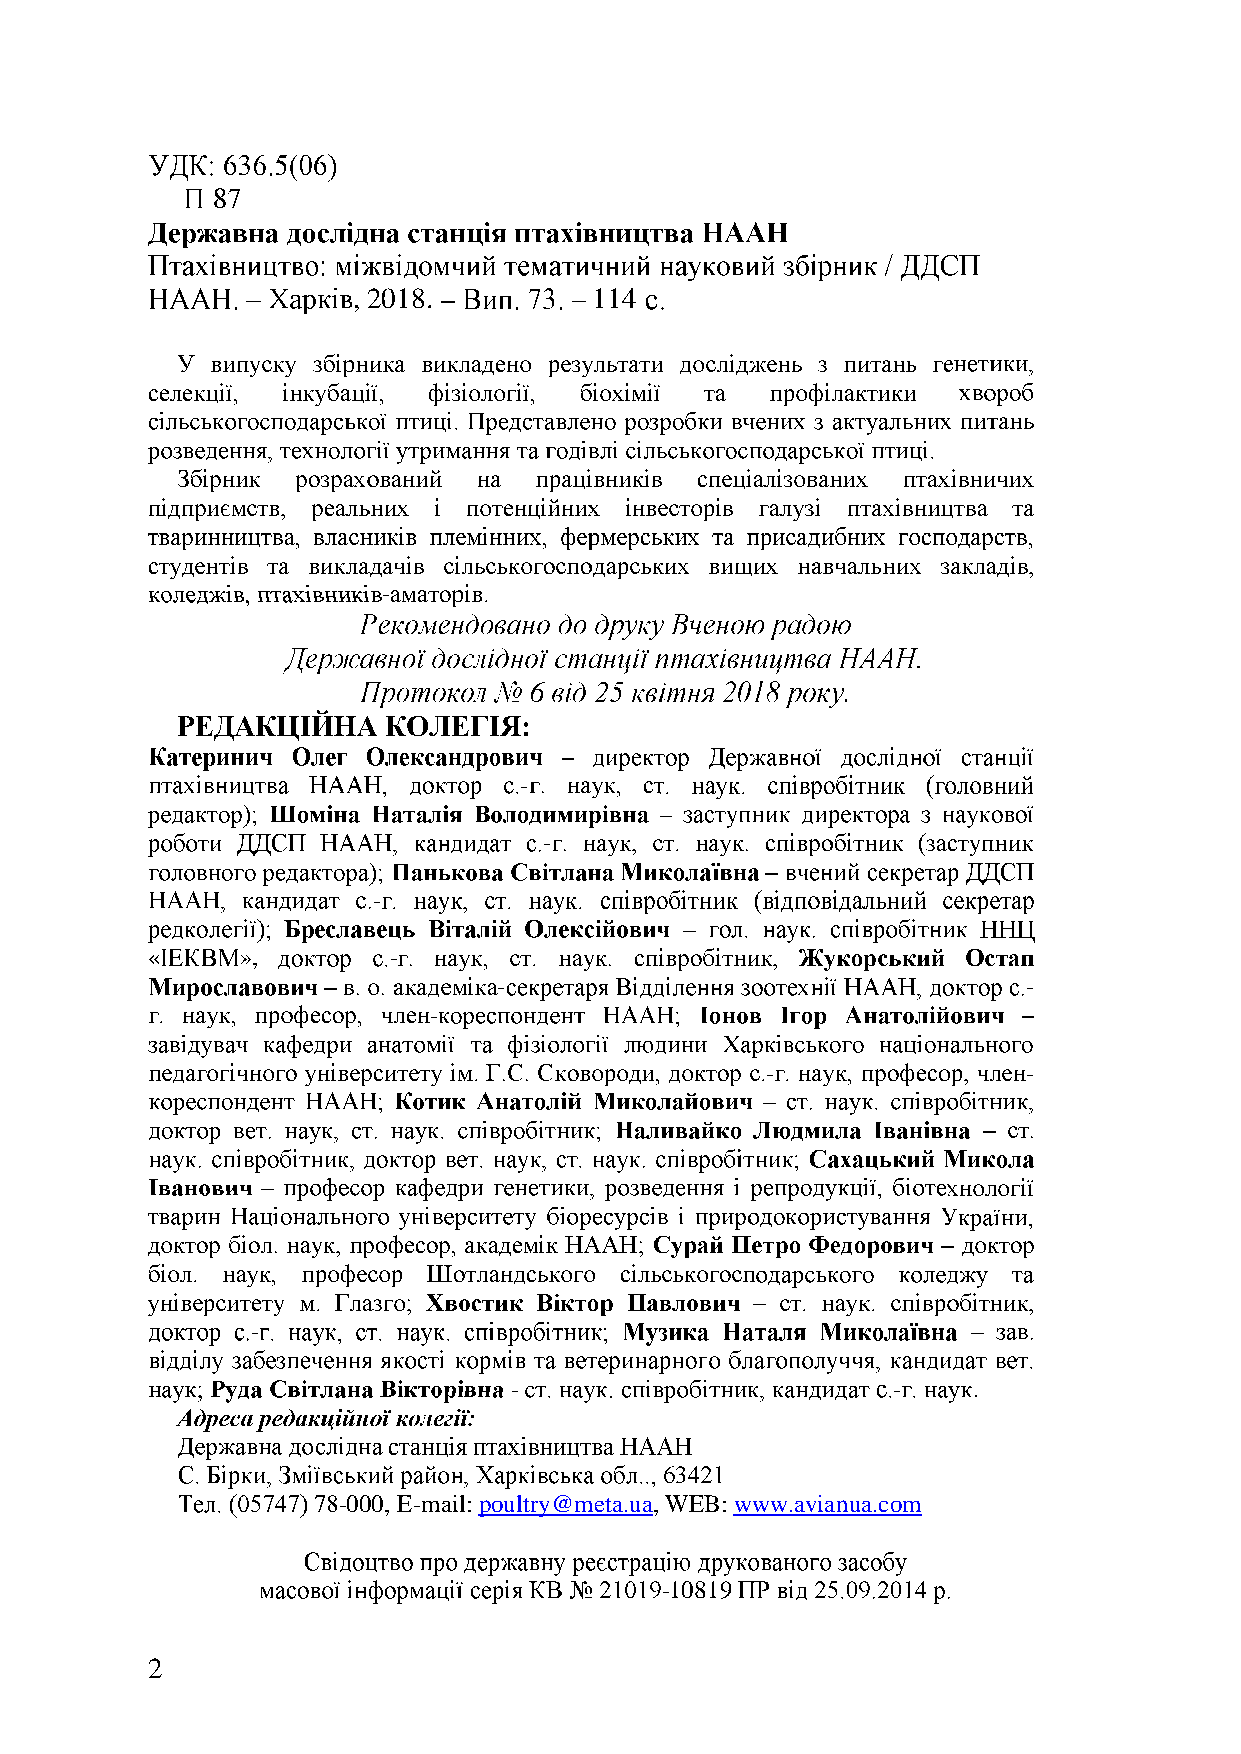
, 2018.         114
 -
 6
 -
 -
 -
 «     »,        -
 -                                  -
 -
 -                -
 -
 -                        -    .
 -000, E-mail: poultry@meta.ua, WEB: www.avianua.com
 -10819
 2